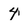
Character: 4